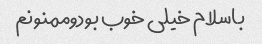
باسلام خیلی خوب بودوممنونم